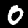
Label: 0